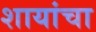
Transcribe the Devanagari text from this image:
शायांचा